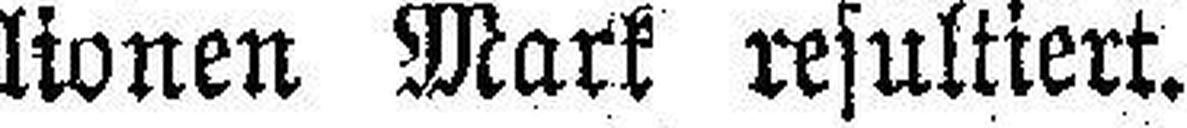
lionen Mark resultiert.